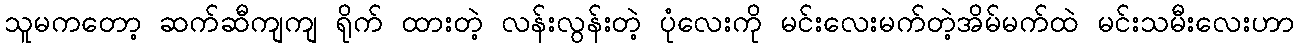
သူမကတော့ ဆက်ဆီကျကျ ရိုက် ထားတဲ့ လန်းလွန်းတဲ့ ပုံလေးကို မင်းလေးမက်တဲ့အိမ်မက်ထဲ မင်းသမီးလေးဟာ